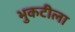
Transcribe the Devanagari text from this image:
भुकटीला